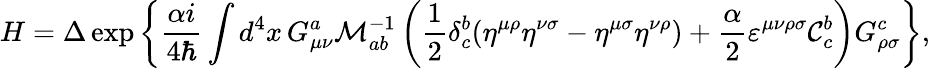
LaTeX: H=\Delta\exp\left\{ \frac{\alpha i}{4\hbar}\int d^{4}x\, G_{\mu\nu}^{a}{\cal M}_{ab}^{-1}\left(\frac{1}{2}\delta_{c}^{b}(\eta^{\mu\rho}\eta^{\nu\sigma}-\eta^{\mu\sigma}\eta^{\nu\rho})+\frac{\alpha}{2}\varepsilon^{\mu\nu\rho\sigma}{\cal C}_{c}^{b}\right)G_{\rho\sigma}^{c}\right\} ,